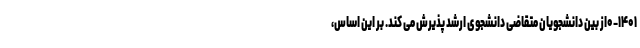
۰-۱۴۰۱از بین دانشجویان متقاضی دانشجوی ارشد پذیرش می کند. بر این اساس،